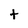
Character: t